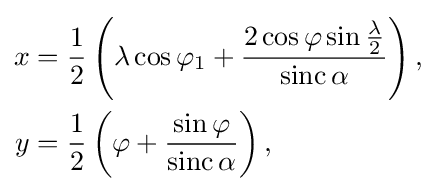
{\begin{aligned}x&={\frac {1}{2}}\left(\lambda \cos \varphi _{1}+{\frac {2\cos \varphi \sin {\frac {\lambda }{2}}}{\operatorname {sinc} \alpha }}\right),\\y&={\frac {1}{2}}\left(\varphi +{\frac {\sin \varphi }{\operatorname {sinc} \alpha }}\right),\end{aligned}}